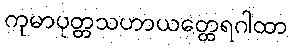
ကုမာပုတ္တသဟာယတ္ထေရဂါထာ